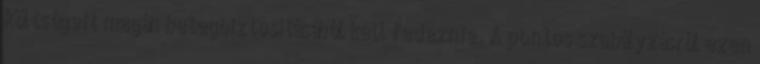
költségeit magán betegbiztosításából kell fedeznie. A pontos szabályzásról ezen